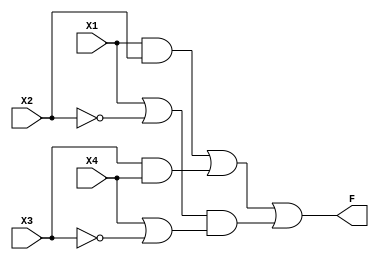
module System(X1, X2, X3, X4, F);
input X1, X2, X3, X4;
output F;
wire [5:0] w;
assign w[0]= X1&X2;
assign w[1]= X3&X4;
assign w[2]= X1|(~X2);
assign w[3]= X4|(~X3);
assign w[4]= (w[0])|(w[1]);
assign w[5]= (w[2])&(w[3]);
assign F= (w[4])|(w[5]);
endmodule

module system_tb;
reg x1, x2, x3, x4;
wire f;
System s1(x1, x2, x3, x4, f);
initial
begin
    x1=1'b0; x2=1'b0; x3=1'b0; x4=1'b0;
    $monitor("Time=%0t, X1=%b, X2=%b, X3=%b, X4=%b, F=%b", $time, x1, x2, x3, x4, f);
    #5 x1=1'b0; x2=1'b0; x3=1'b0; x4=1'b1;
    #5 x1=1'b0; x2=1'b0; x3=1'b1; x4=1'b0;
    #5 x1=1'b0; x2=1'b0; x3=1'b1; x4=1'b1;
end
endmodule